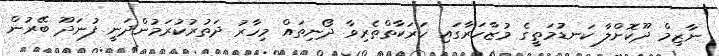
ނާޒިމް ދޫކޮށްލާ ކަނޑުމަތީގެ މުޒާހަރާގައި ހަރަކާތްތެރިވާ ދޯނިތައް މިހާރު ދަތުރުކުރަމުންދަނީ ފުނަދޫ ބޭރުން